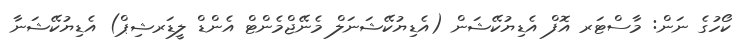
ކޯހުގެ ނަން: މާސްޓަރ އޮފް އެޑިޔުކޭޝަން (އެޑިޔުކޭޝަނަލް މެނޭޖްމެންޓް އެންޑް ލީޑަރޝިޕް) އެޑިޔުކޭޝަނާ